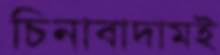
চিনাবাদামই